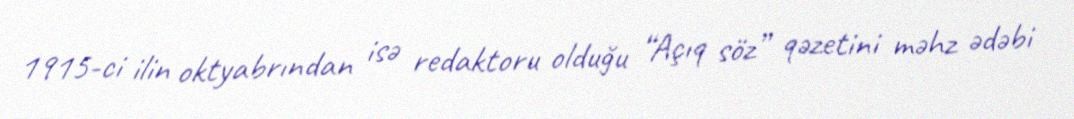
1915-ci ilin oktyabrından isə redaktoru olduğu “Açıq söz” qəzetini məhz ədəbi